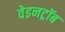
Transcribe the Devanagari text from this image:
वेइनट्रॉब